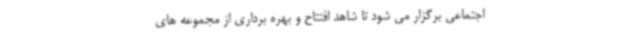
اجتماعی برگزار می شود تا شاهد افتتاح و بهره برداری از مجموعه های